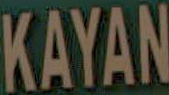
KAYAN